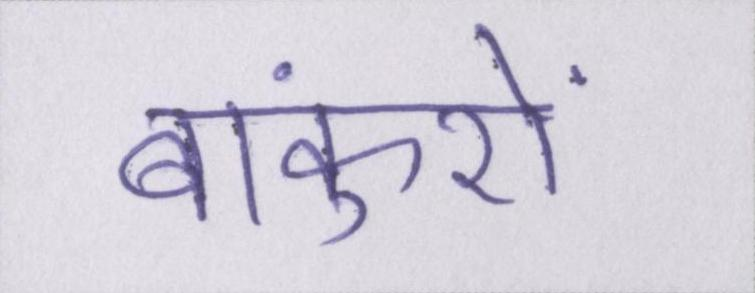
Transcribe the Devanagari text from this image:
बांकुरों